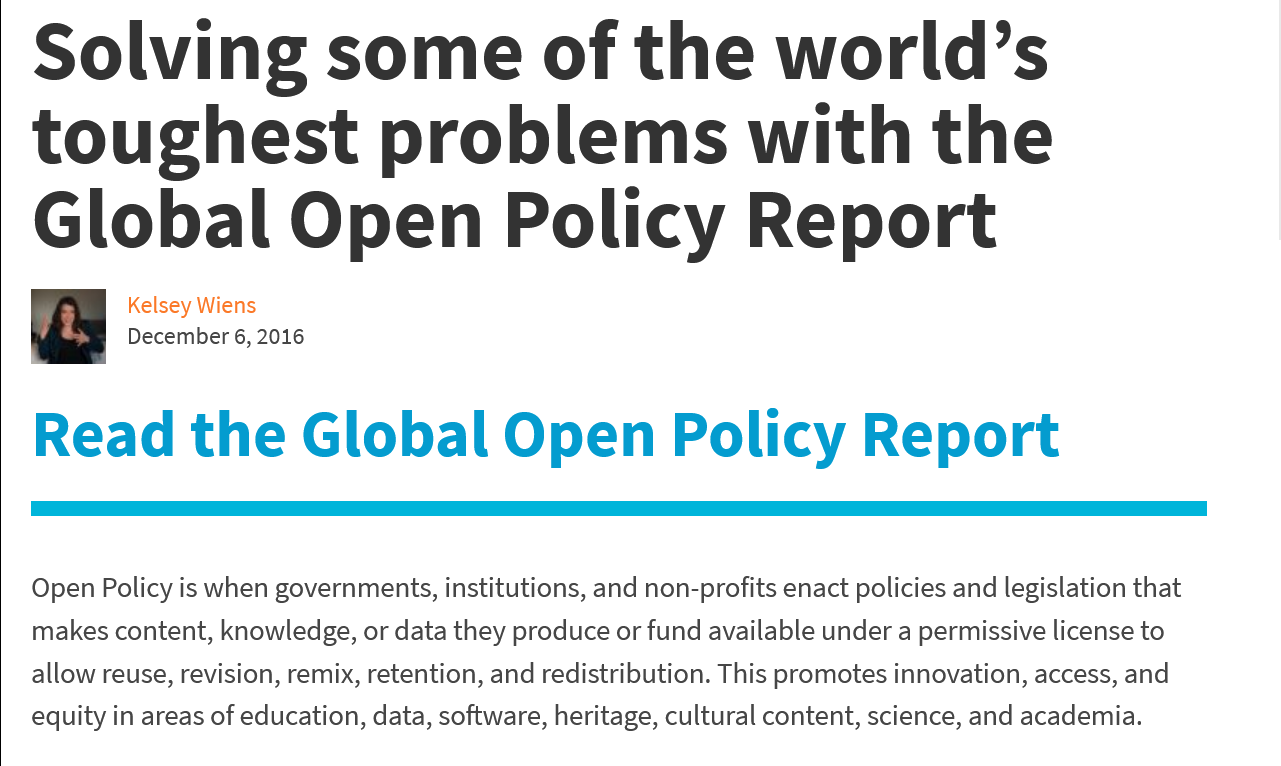
Solving    some    of    the    world’s
   toughest    problems    with    the
   Global    Open    Policy    Report
   Open Policy is when governments, institutions, and non-profits enact policies and legislation that
   makes content, knowledge, or data they produce or fund available under a permissive license to
   allow reuse, revision, remix, retention, and redistribution. This promotes innovation, access, and
   equity in areas of education, data, software, heritage, cultural content, science, and academia.
   Read    the    Global    Open    Policy    Report
     Kelsey Wiens
     December 6, 2016